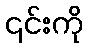
၎င်းကို